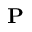
\mathbf P